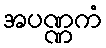
အပဏ္ဏကံ